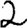
Digit: 2